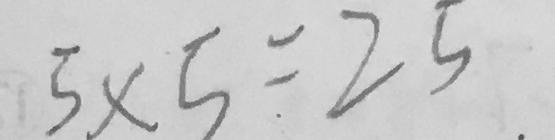
5 \times 5 = 2 5